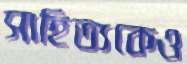
সাহিত্যকেও